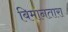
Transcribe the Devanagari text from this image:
बिमानतारा